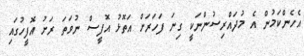
އެހެންކަމުން އެ މުދައްރިސުންނަކީ ގިނަ ފަހަރަށް އަތޮޅު އޮފީސް ނުވަތަ ރަށު އޮފީހުގައި